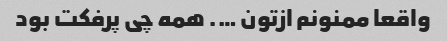
واقعا ممنونم ازتون …. همه چی پرفکت بود